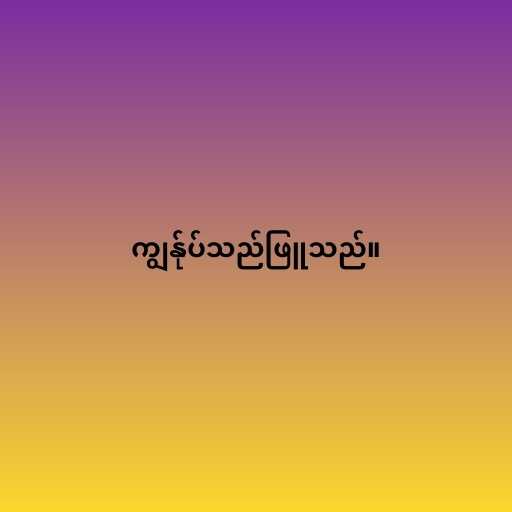
ကျွန်ုပ်သည်ဖြူသည်။